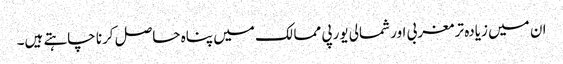
ان میں زیادہ تر مغربی اور شمالی یورپی ممالک میں پناہ حاصل کرنا چاہتے ہیں۔